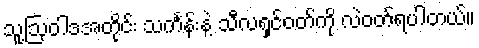
သူ့ဩဝါဒအတိုင်း သင်္ကန်းနဲ့ သီလရှင်ဝတ်ကို လဲဝတ်ရပါတယ်။